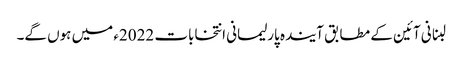
لبنانی آئین کے مطابق آیندہ پارلیمانی انتخابات 2022ء میں ہوں گے۔